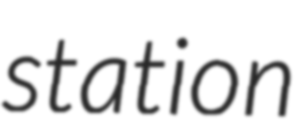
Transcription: station